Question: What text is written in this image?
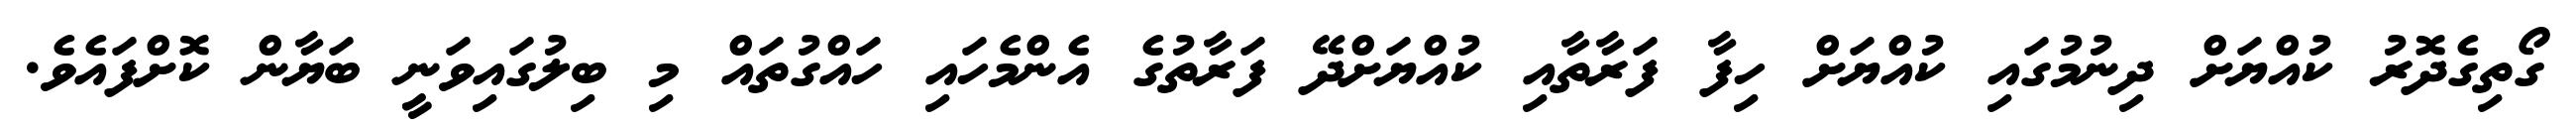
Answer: ގޯތިގެދޮރު ކުއްޔަށް ދިނުމުގައި ކުއްޔަށް ހިފާ ފަރާތާއި ކުއްޔަށްދޭ ފަރާތުގެ އެންމެހައި ހައްގުތައް މި ބިލުގައިވަނީ ބަޔާން ކޮށްފައެވެ.